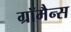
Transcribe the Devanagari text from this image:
ग्रॉमैन्स